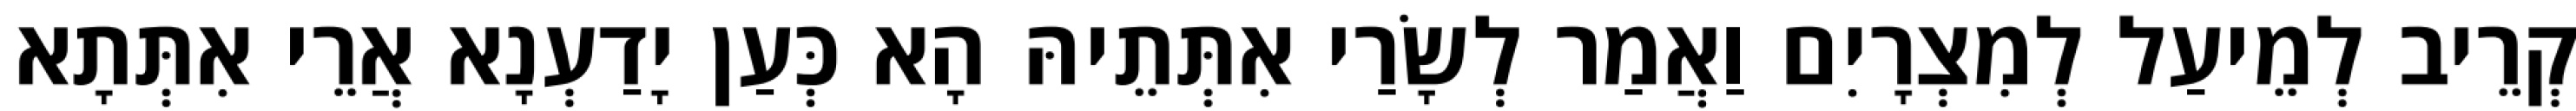
קְרֵיב לְמֵיעַל לְמִצְרָיִם וַאֲמַר לְשָׂרַי אִתְּתֵיהּ הָא כְּעַן יָדַעְנָא אֲרֵי אִתְּתָא